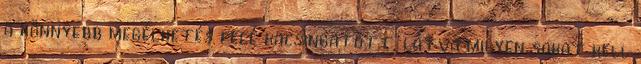
a könnyebb megélhetés felé kacsingatott, látva milyen sokat kell